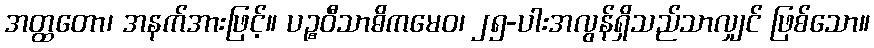
အတ္ထတော၊ အနက်အားဖြင့်။ ပဉ္စဝီသာဓိကမေဝ၊ ၂၅-ပါးအလွန်ရှိသည်သာလျှင် ဖြစ်သော။